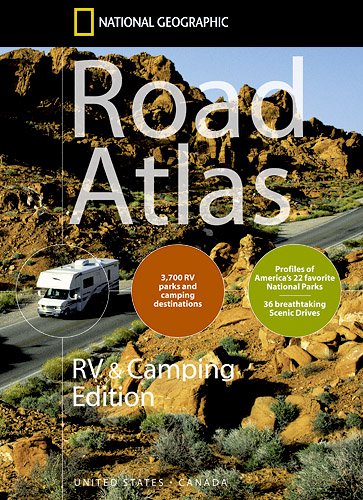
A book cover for Road Atlas: United States and Canada, RV & Camping Edition; National Geographic Maps; Travel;